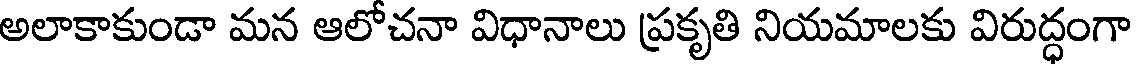
అలాకాకుండా మన ఆలోచనా విధానాలు ప్రకృతి నియమాలకు విరుద్ధంగా